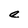
Character: e